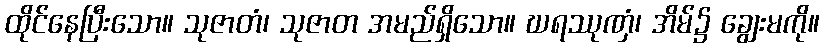
ထိုင်နေပြီးသော။ သုဇာတံ၊ သုဇာတ အမည်ရှိသော။ ဃရဿုဏှံ၊ အိမ်၌ ချွေးမကို။